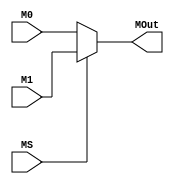
module MX2 #(parameter BL = 32)
           (input MS,
            input [BL-1:0] M0, M1,
            output [BL-1:0] MOut);

// Combinational Logic:
assign MOut = MS ? M1 : M0;

endmodule